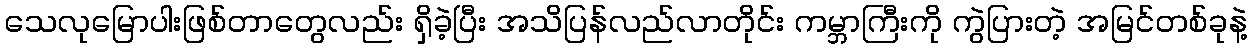
သေလုမြောပါးဖြစ်တာတွေလည်း ရှိခဲ့ပြီး အသိပြန်လည်လာတိုင်း ကမ္ဘာကြီးကို ကွဲပြားတဲ့ အမြင်တစ်ခုနဲ့